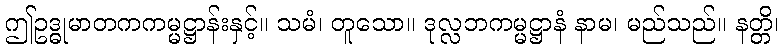
ဤဥဒ္ဓုမာတကကမ္မဋ္ဌာန်းနှင့်။ သမံ၊ တူသော။ ဒုလ္လဘကမ္မဋ္ဌာနံ နာမ၊ မည်သည်။ နတ္တိ၊